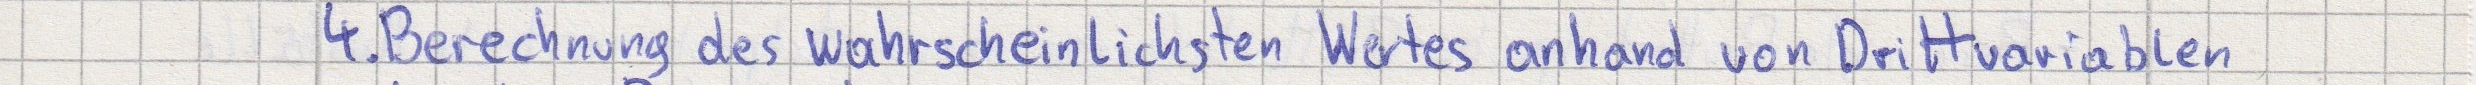
4. Berechnung des wahrscheinlichsten Wertes anhand von Drittvariablen